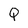
Character: Q